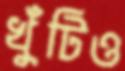
খুঁটিও